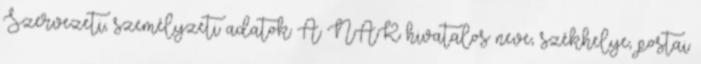
Szervezeti, személyzeti adatok A NAK hivatalos neve, székhelye, postai